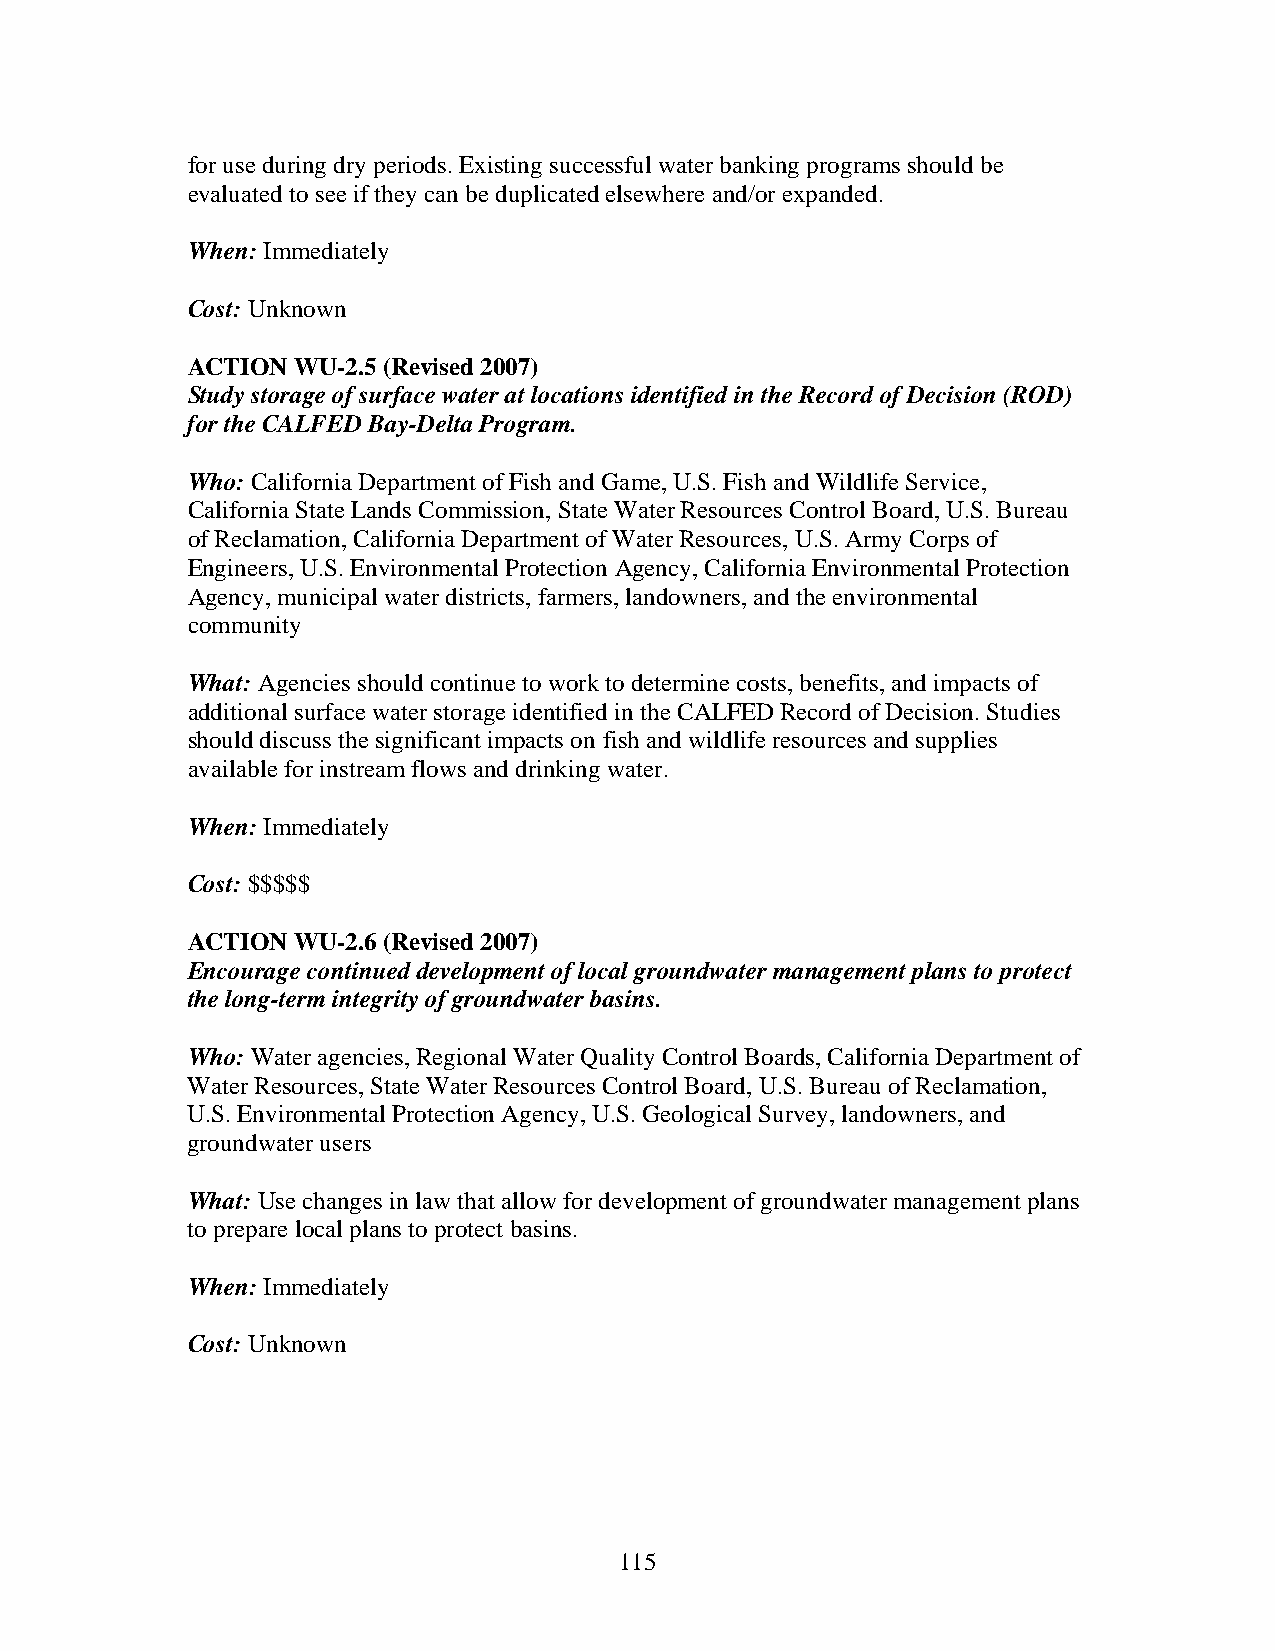
for use during dry periods. Existing successful water banking programs should be
 evaluated to see if they can be duplicated elsewhere and/or expanded.
 When: Immediately
 Cost: Unknown
 ACTION WU-2.5 (Revised 2007)
 Study storage of surface water at locations identified in the Record of Decision (ROD)
 for the CALFED Bay-Delta Program.
 Who: California Department of Fish and Game, U.S. Fish and Wildlife Service,
 California State Lands Commission, State Water Resources Control Board, U.S. Bureau
 of Reclamation, California Department of Water Resources, U.S. Army Corps of
 Engineers, U.S. Environmental Protection Agency, California Environmental Protection
 Agency, municipal water districts, farmers, landowners, and the environmental
 community
 What: Agencies should continue to work to determine costs, benefits, and impacts of
 additional surface water storage identified in the CALFED Record of Decision. Studies
 should discuss the significant impacts on fish and wildlife resources and supplies
 available for instream flows and drinking water.
 When: Immediately
 Cost: $$$$$
 ACTION WU-2.6 (Revised 2007)
 Encourage continued development of local groundwater management plans to protect
 the long-term integrity of groundwater basins.
 Who: Water agencies, Regional Water Quality Control Boards, California Department of
 Water Resources, State Water Resources Control Board, U.S. Bureau of Reclamation,
 U.S. Environmental Protection Agency, U.S. Geological Survey, landowners, and
 groundwater users
 What: Use changes in law that allow for development of groundwater management plans
 to prepare local plans to protect basins.
 When: Immediately
 Cost: Unknown
 115